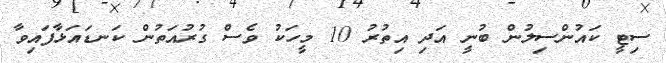
ސިޓީ ކައުންސިލުން ބުނީ އަދި އިތުރު 10 މީހަކު ވެސް ގުރުއަތުން ކަނޑައަޅާފައިވާ